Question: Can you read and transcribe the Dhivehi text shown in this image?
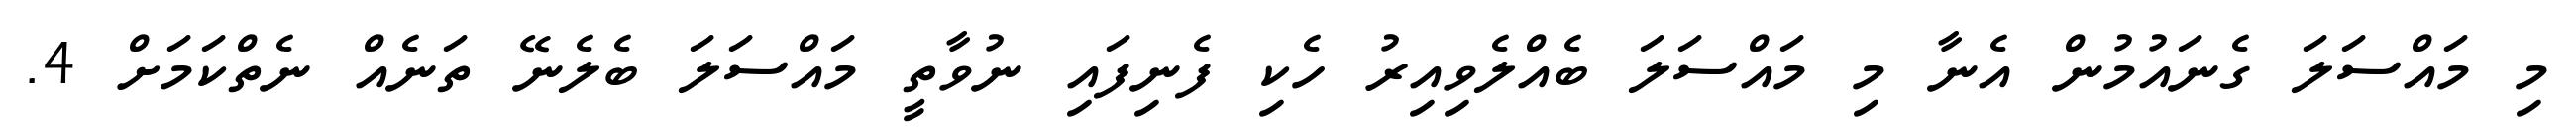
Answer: މި މައްސަލަ ގެނައުމުން އެނާ މި މައްސަލަ ބެއްލެވިއިރު ހެކި ފެނިފައި ނުވާތީ މައްސަލަ ބެލެނޭ ތަނެއް ނެތްކަމަށް 4.